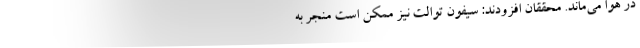
در هوا می‌ماند. محققان افزودند: سیفون توالت نیز ممکن است منجر به